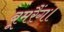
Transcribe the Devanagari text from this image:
बूमरैंग।